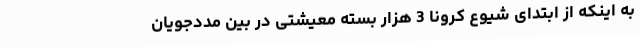
به اینکه از ابتدای شیوع کرونا 3 هزار بسته معیشتی در بین مددجویان